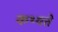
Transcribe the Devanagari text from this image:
कथ्यते